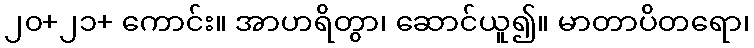
၂၀+၂၁+ ကောင်း။ အာဟရိတွာ၊ ဆောင်ယူ၍။ မာတာပိတရော၊